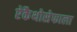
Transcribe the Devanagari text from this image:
ऐकैथोसेफाला